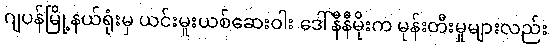
ဂျပန်မြို့နယ်ရုံးမှ ယင်းမူးယစ်ဆေးဝါး ဒေါ်နီနီမိုးက မုန်းတီးမှုများလည်း